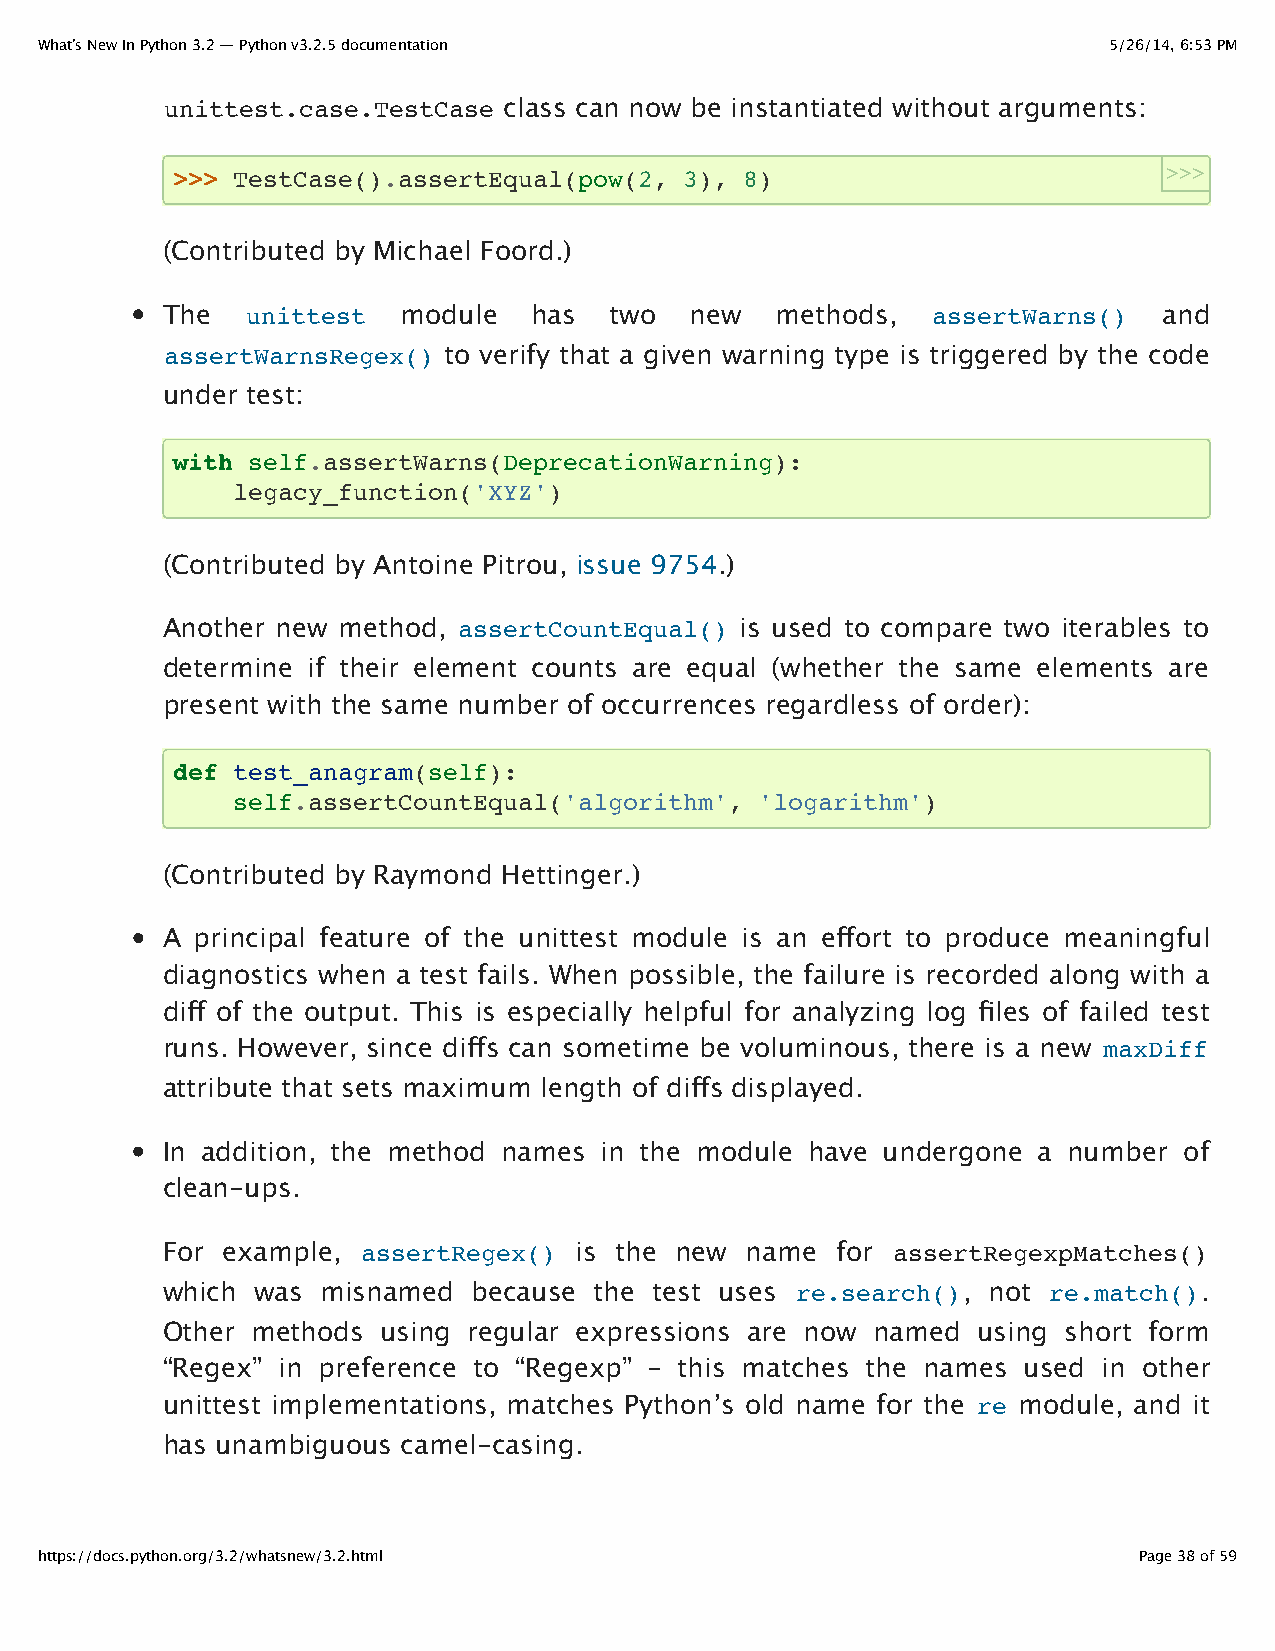
What’s New In Python 3.2 — Python v3.2.5 documentation                 5/26/14, 6:53 PM
 unittest.case.TestCase class can now be instantiated without arguments:
 >>> TestCase().assertEqual(pow(2, 3), 8)                          >>>
 (Contributed by Michael Foord.)
 The  unittest   module  has  two   new  methods,   assertWarns()  and
 assertWarnsRegex() to verify that a given warning type is triggered by the code
 under test:
 with self.assertWarns(DeprecationWarning):
 legacy_function('XYZ')
 (Contributed by Antoine Pitrou, issue 9754.)
 Another new method, assertCountEqual() is used to compare two iterables to
 determine if their element counts are equal (whether the same elements are
 present with the same number of occurrences regardless of order):
 def test_anagram(self):
 self.assertCountEqual('algorithm', 'logarithm')
 (Contributed by Raymond Hettinger.)
 A principal feature of the unittest module is an effort to produce meaningful
 diagnostics when a test fails. When possible, the failure is recorded along with a
 diff of the output. This is especially helpful for analyzing log files of failed test
 runs. However, since diffs can sometime be voluminous, there is a new maxDiff
 attribute that sets maximum length of diffs displayed.
 In addition, the method names in the module have undergone a number of
 clean-ups.
 For example, assertRegex() is the new name  for assertRegexpMatches()
 which was misnamed  because the test uses re.search(), not re.match().
 Other methods using regular expressions are now named using short form
 “Regex” in preference to “Regexp” – this matches the names used in other
 unittest implementations, matches Python’s old name for the re module, and it
 has unambiguous camel-casing.
 https://docs.python.org/3.2/whatsnew/3.2.html                            Page 38 of 59